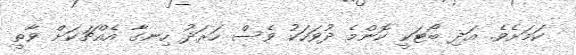
ކަމަށެވެ. އަދި ބޯޓަކީ ކޮންމެ ދުވަހަކު ވެސް ހަރަދު ހިނގާ އެއްޗަކަށް ވާތީ